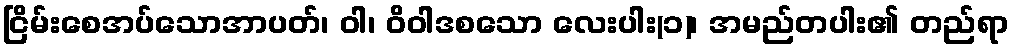
ငြိမ်းစေအပ်သောအာပတ်၊ ဝါ၊ ဝိဝါဒစသော လေးပါး(၁)၊ အမည်တပါး၏ တည်ရာ